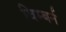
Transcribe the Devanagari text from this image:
विम्बर्न